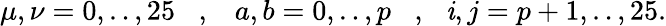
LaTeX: \mu,\nu=0,..,25\, \, \, \, \, ,\, \, \, \, \, a,b=0,..,p\, \, \, \, \, ,\, \, \, \, \mathit{i},j=p+1,..,25.